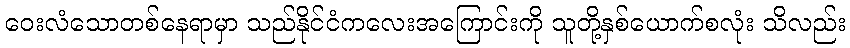
ဝေးလံသောတစ်နေရာမှာ သည်နိုင်ငံကလေးအကြောင်းကို သူတို့နှစ်ယောက်စလုံး သိလည်း